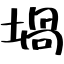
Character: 堝